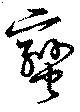
蛮